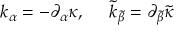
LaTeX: k _ { \alpha } = - \partial _ { \alpha } \kappa , \ \ \ \ \tilde { k } _ { \tilde { \beta } } = \partial _ { \tilde { \beta } } \tilde { \kappa }